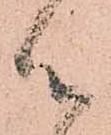
御